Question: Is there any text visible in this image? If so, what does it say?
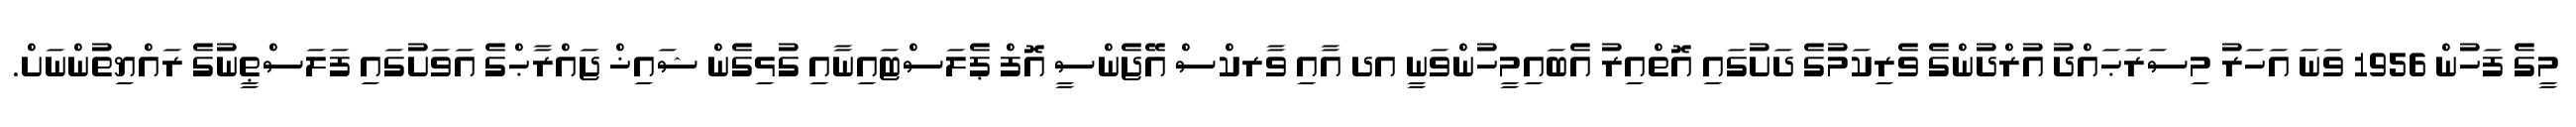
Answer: މީގެ ފަހުން 1956 ވަނަ އަހަރު މިސަރަޙައްދު އުރްދުންގެ ވެރިކަމުގެ ދަށުގައި އޮތްއިރު އެބައިމީހުންވަނީ އދ އާއި ވާރކްސް އޭޖެންސީ އޮފް ޕެލަސްޓައިނާއި ގުޅިގެން ޝައިޚް ޖައްރާޙްގެ އަވަށުގައި ފަލަސްޠީނުގެ ރައްޔިތުންނަށް.